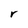
Character: r